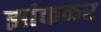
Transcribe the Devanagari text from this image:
झांककर